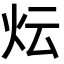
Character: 𭴈